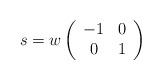
LaTeX: \begin{align*} s = w\left(\begin{array}{cc} -1 & 0 \\ 0 & 1\end{array}\right)\end{align*}